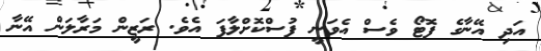
އަދި އޭނާގެ ފޮޓޯ ވެސް އެވަނީ ފުސްކޮށްލާފަ އެވެ. ރަޒީން މަރާލަން އޭނާ